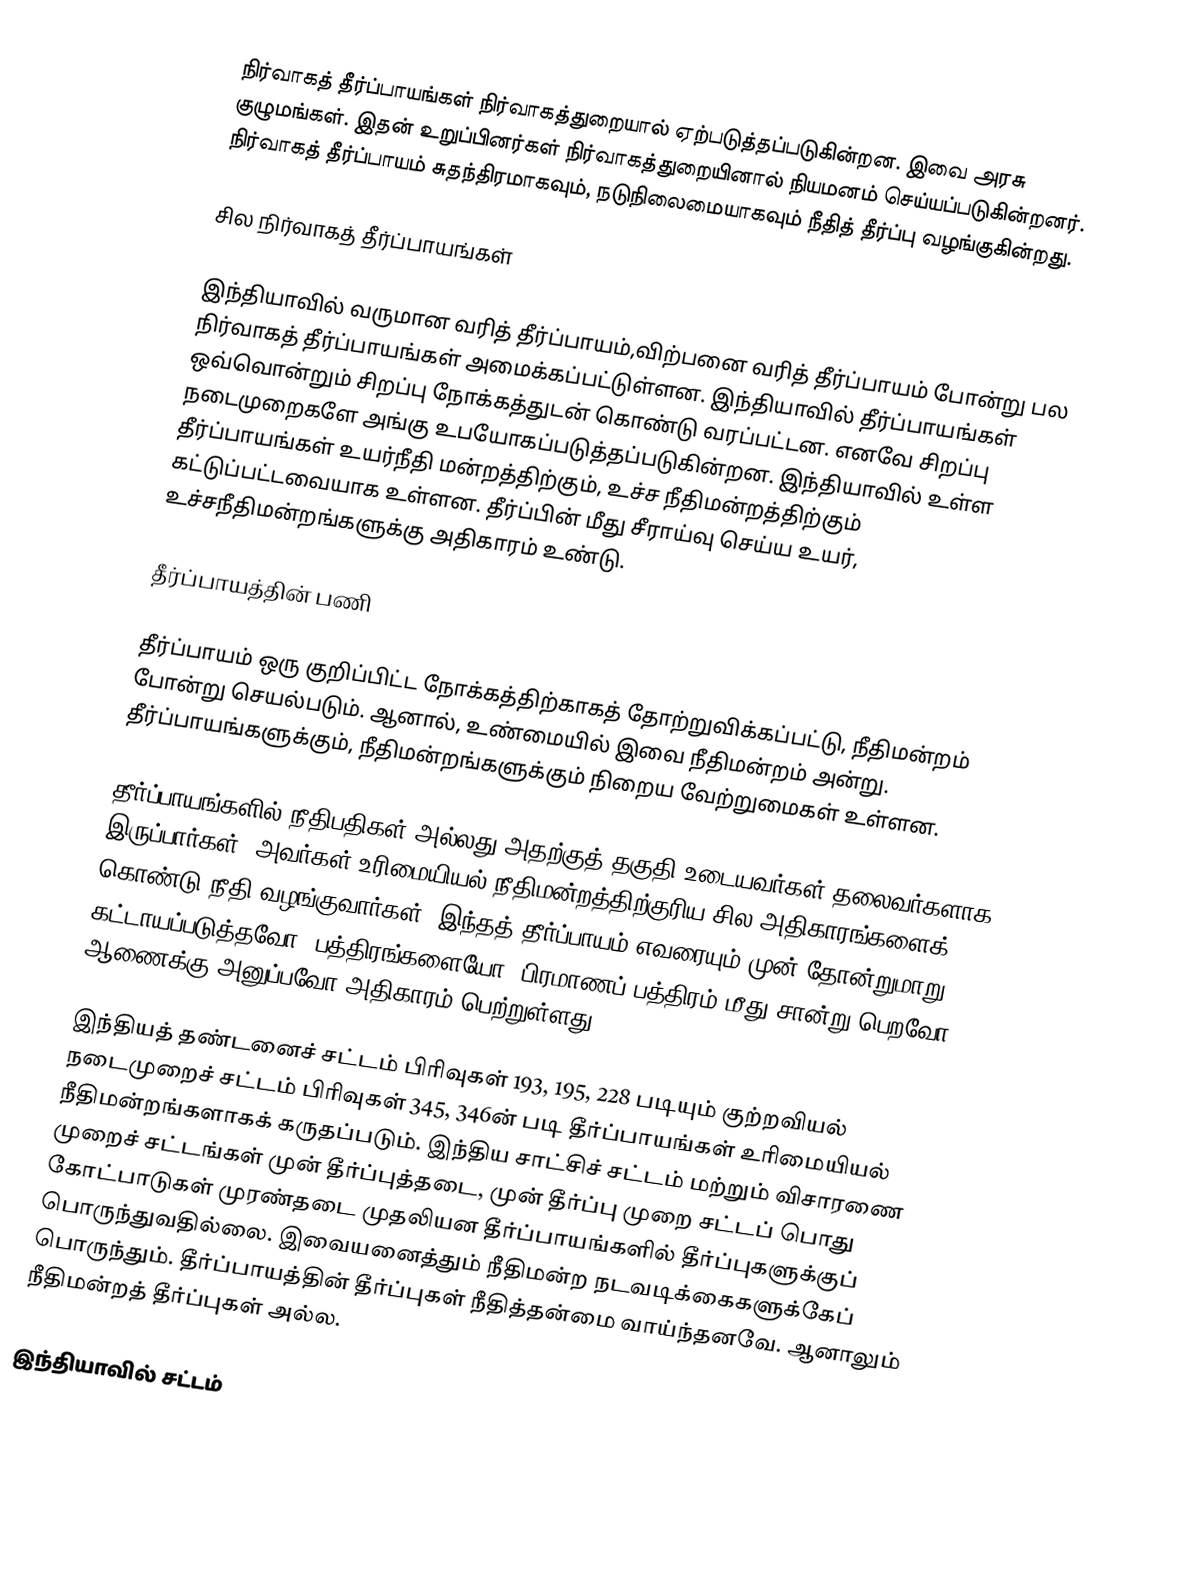
நிர்வாகத் தீர்ப்பாயங்கள் நிர்வாகத்துறையால் ஏற்படுத்தப்படுகின்றன. இவை அரசு குழுமங்கள். இதன் உறுப்பினர்கள் நிர்வாகத்துறையினால் நியமனம் செய்யப்படுகின்றனர். நிர்வாகத் தீர்ப்பாயம் சுதந்திரமாகவும், நடுநிலைமையாகவும் நீதித் தீர்ப்பு வழங்குகின்றது.

சில நிர்வாகத் தீர்ப்பாயங்கள்

இந்தியாவில் வருமான வரித் தீர்ப்பாயம்,விற்பனை வரித் தீர்ப்பாயம் போன்று பல நிர்வாகத் தீர்ப்பாயங்கள் அமைக்கப்பட்டுள்ளன. இந்தியாவில் தீர்ப்பாயங்கள் ஒவ்வொன்றும் சிறப்பு நோக்கத்துடன் கொண்டு வரப்பட்டன. எனவே சிறப்பு நடைமுறைகளே அங்கு உபயோகப்படுத்தப்படுகின்றன. இந்தியாவில் உள்ள தீர்ப்பாயங்கள் உயர்நீதி மன்றத்திற்கும், உச்ச நீதிமன்றத்திற்கும் கட்டுப்பட்டவையாக உள்ளன. தீர்ப்பின் மீது சீராய்வு செய்ய உயர், உச்சநீதிமன்றங்களுக்கு அதிகாரம் உண்டு.

தீர்ப்பாயத்தின் பணி

தீர்ப்பாயம் ஒரு குறிப்பிட்ட நோக்கத்திற்காகத் தோற்றுவிக்கப்பட்டு, நீதிமன்றம் போன்று செயல்படும். ஆனால், உண்மையில் இவை நீதிமன்றம் அன்று. தீர்ப்பாயங்களுக்கும், நீதிமன்றங்களுக்கும் நிறைய வேற்றுமைகள் உள்ளன.

தீர்ப்பாயங்களில் நீதிபதிகள் அல்லது அதற்குத் தகுதி உடையவர்கள் தலைவர்களாக இருப்பார்கள். அவர்கள் உரிமையியல் நீதிமன்றத்திற்குரிய சில அதிகாரங்களைக் கொண்டு நீதி வழங்குவார்கள். இந்தத் தீர்ப்பாயம் எவரையும் முன் தோன்றுமாறு கட்டாயப்படுத்தவோ, பத்திரங்களையோ, பிரமாணப் பத்திரம் மீது சான்று பெறவோ ஆணைக்கு அனுப்பவோ அதிகாரம் பெற்றுள்ளது.

இந்தியத் தண்டனைச் சட்டம் பிரிவுகள் 193, 195, 228 படியும் குற்றவியல் நடைமுறைச் சட்டம் பிரிவுகள் 345, 346ன் படி தீர்ப்பாயங்கள் உரிமையியல் நீதிமன்றங்களாகக் கருதப்படும். இந்திய சாட்சிச் சட்டம் மற்றும் விசாரணை முறைச் சட்டங்கள் முன் தீர்ப்புத்தடை, முன் தீர்ப்பு முறை சட்டப் பொது கோட்பாடுகள் முரண்தடை முதலியன தீர்ப்பாயங்களில் தீர்ப்புகளுக்குப் பொருந்துவதில்லை. இவையனைத்தும் நீதிமன்ற நடவடிக்கைகளுக்கேப் பொருந்தும். தீர்ப்பாயத்தின் தீர்ப்புகள் நீதித்தன்மை வாய்ந்தனவே. ஆனாலும் நீதிமன்றத் தீர்ப்புகள் அல்ல.

இந்தியாவில் சட்டம்